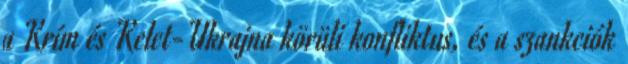
a Krím és Kelet-Ukrajna körüli konfliktus, és a szankciók